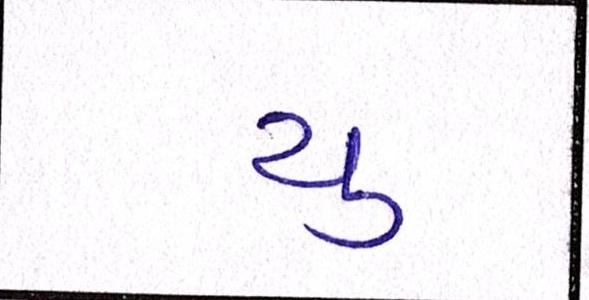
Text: યુ